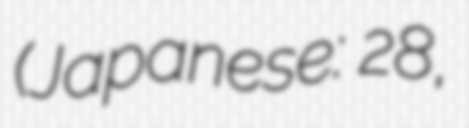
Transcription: (Japanese: 鉄人28号,